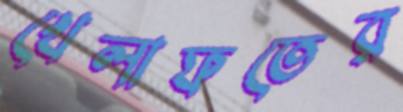
খেলাফতের